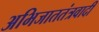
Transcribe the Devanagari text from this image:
अभिजाततंत्रवादी